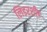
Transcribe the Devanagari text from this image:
लिडरशीप